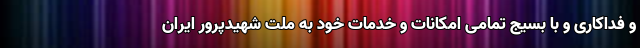
و فداکاری و با بسیج تمامی امکانات و خدمات خود به ملت شهیدپرور ایران